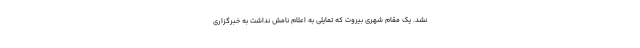
نشد. یک مقام شهری بیروت که تمایلی به اعلام نامش نداشت به خبرگزاری